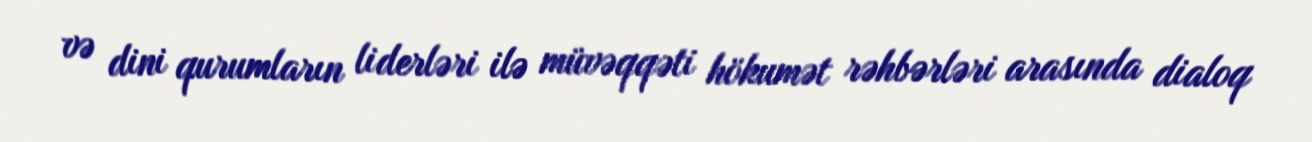
və dini qurumların liderləri ilə müvəqqəti hökumət rəhbərləri arasında dialoq